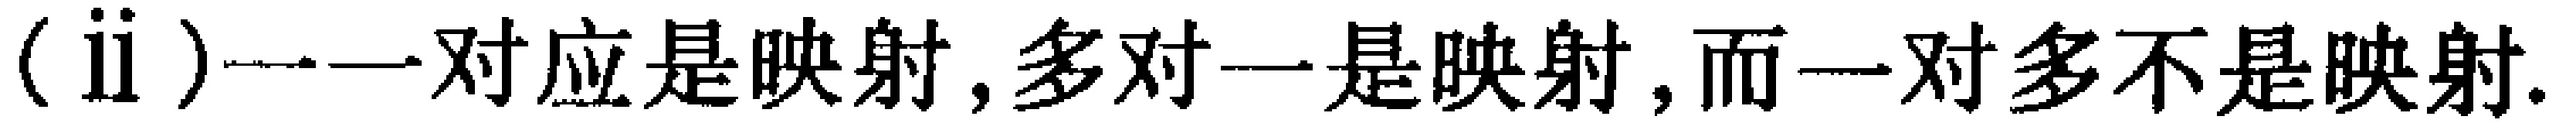
(ii)一一对应是映射,多对一是映射,而一对多不是映射.